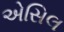
એસિલ